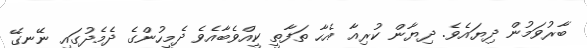
ބާރުވަމުން ދިޔައެވެ. ދިޔާން ކުރިއާ އެހާ ތަފާތީ ކީއްވެބާއެވެ ދެމީހުންގެ ދެމެދުގައި ނޭނގޭ